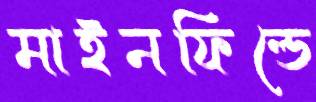
মাইনফিল্ডে